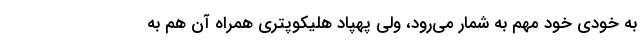
به خودی خود مهم به شمار می‌رود، ولی پهپاد هلیکوپتری همراه آن هم به